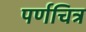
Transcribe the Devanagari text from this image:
पर्णचित्र